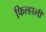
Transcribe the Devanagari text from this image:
फिल्हाली